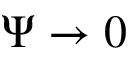
\Psi \rightarrow 0